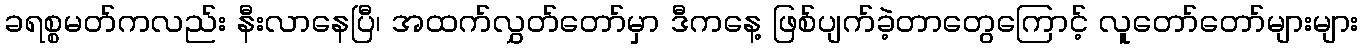
ခရစ္စမတ်ကလည်း နီးလာနေပြီ၊ အထက်လွှတ်တော်မှာ ဒီကနေ့ ဖြစ်ပျက်ခဲ့တာတွေကြောင့် လူတော်တော်များများ